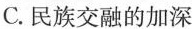
C.民族交融的加深